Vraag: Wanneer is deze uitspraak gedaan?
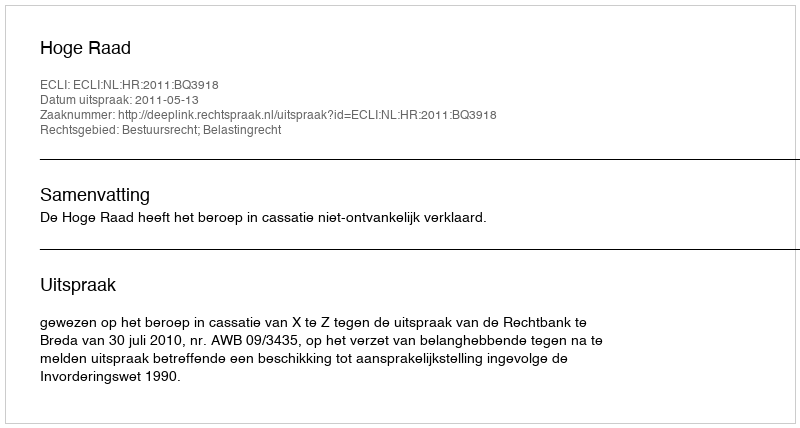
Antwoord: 2011-05-13